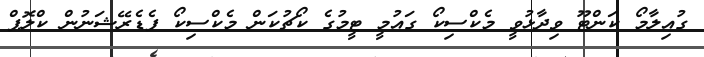
ގުއިލާމޯ ކަންޓޫ ވިދާޅުވީ މެކްސިކޯ ގައުމީ ޓީމުގެ ކޯޗުކަން މެކްސިކޯ ފެޑެރޭޝަނުން ކްލޮޕް